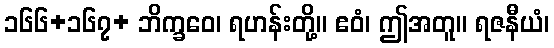
၁၆၆+၁၆၇+ ဘိက္ခဝေ၊ ရဟန်းတို့။ ဧဝံ၊ ဤအတူ။ ရဇနီယံ၊